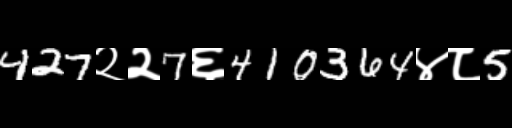
Text: 427२२7६410364४८5